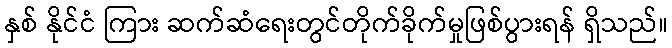
နှစ် နိုင်ငံ ကြား ဆက်ဆံရေးတွင်တိုက်ခိုက်မှုဖြစ်ပွားရန် ရှိသည်။